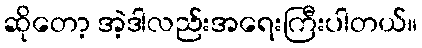
ဆိုတော့ အဲ့ဒါလည်းအရေးကြီးပါတယ်။